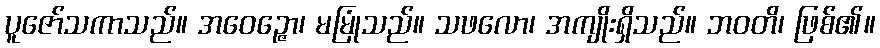
ပူဇော်သကာသည်။ အဝေဉ္ဇော၊ မမြုံသည်။ သဖလော၊ အကျိုးရှိသည်။ ဘဝတိ၊ ဖြစ်၏။